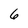
Character: 6